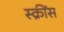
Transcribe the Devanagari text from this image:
स्क्रींस